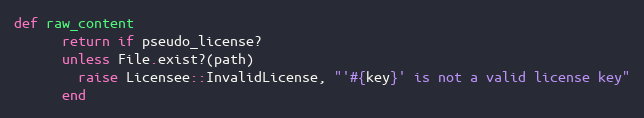
Language: Ruby
def raw_content
      return if pseudo_license?
      unless File.exist?(path)
        raise Licensee::InvalidLicense, "'#{key}' is not a valid license key"
      end